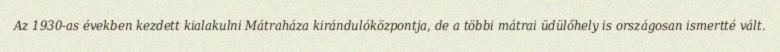
Az 1930-as években kezdett kialakulni Mátraháza kirándulóközpontja, de a többi mátrai üdülőhely is országosan ismertté vált.